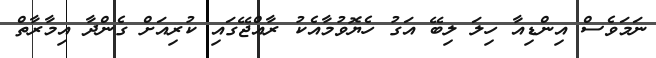
ނަމަވެސް އިންޑިއާ ހިލަ ލިބޭ އަގު ހެޔޮވުމާއެކު ރާއްޖޭގައި ކުރިއަށް ގެންދާ އިމާރާތް